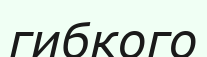
гибкого